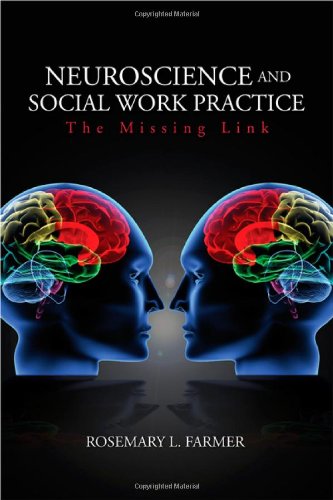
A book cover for Neuroscience and Social Work Practice: The Missing Link; Rosemary L. Farmer; Medical Books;